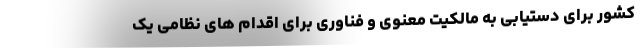
کشور برای دستیابی به مالکیت معنوی و فناوری برای اقدام های نظامی یک